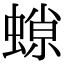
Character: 𧎾